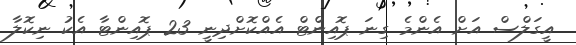
އީގަލްސް އަށް އެންމެ ގިނަ ޕޮއިންޓް އެއްކޮށްދިނީ 23 ޕޮއިންޓާ އެކު ނިކޮލާ